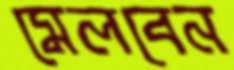
মেলবেন